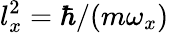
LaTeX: l_{x}^{2}=\hbar/(m\omega_{x})